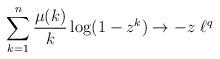
LaTeX: \begin{align*} \sum_{k=1}^n \frac{\mu(k)}{k} \log(1-z^k) \to -z \ \ell^q \end{align*}